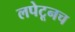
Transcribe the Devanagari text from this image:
लपेटूनच